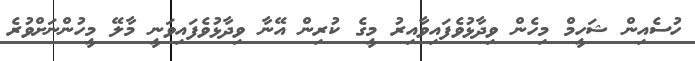
ހުސެއިން ޝަހީމް މިހެން ވިދާޅުވެފައިވާއިރު މީގެ ކުރިން އޭނާ ވިދާޅުވެފައިވަނީ މާލޭ މީހުންނަށްވުރެ